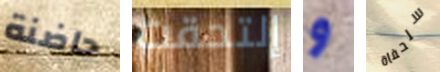
حاضنة إلتحقت و سلحفاة